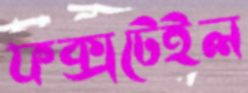
ফক্সটেইল